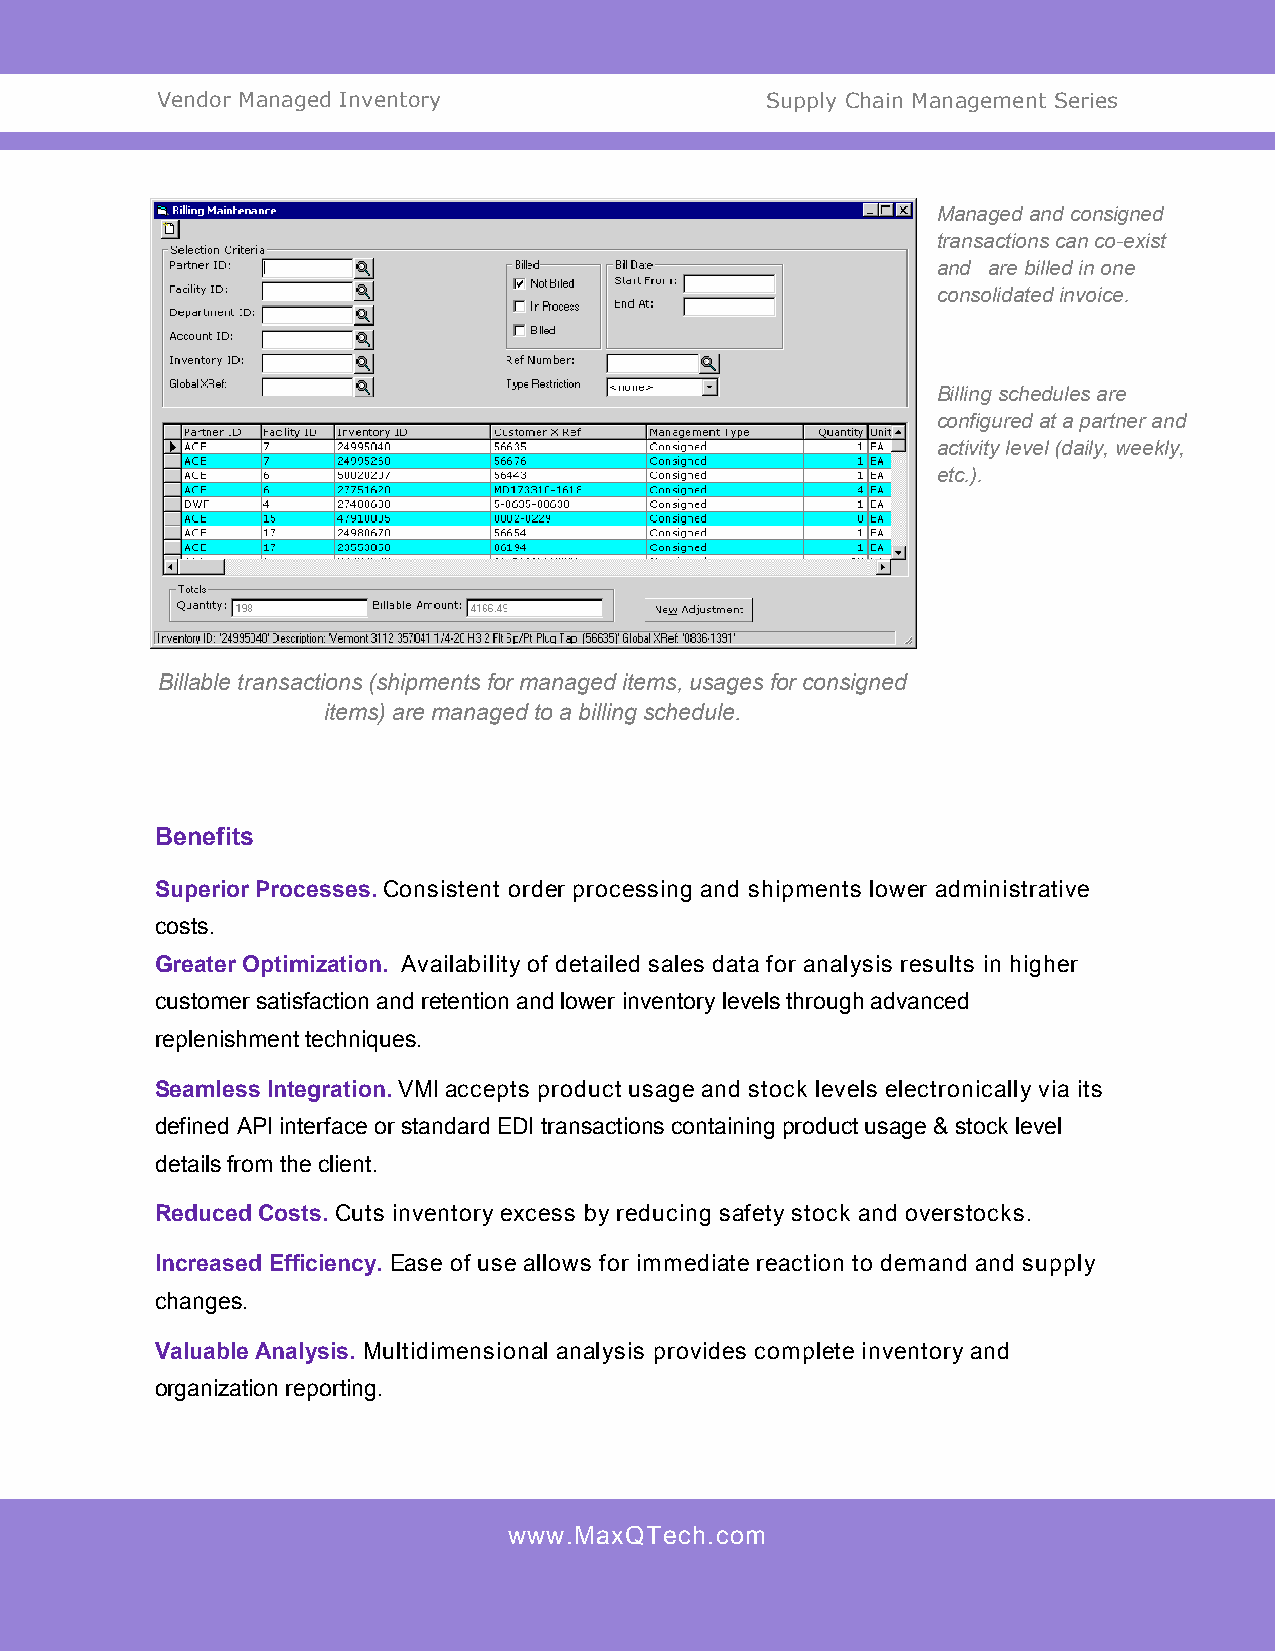
Vendor Managed Inventory                 Supply Chain Management Series
 Managed and consigned
 transactions can co-exist
 and are billed in one
 consolidated invoice.
 Billing schedules are
 configured at a partner and
 activity level (daily, weekly,
 etc.).
 Billable transactions (shipments for managed items, usages for consigned
 items) are managed to a billing schedule.
 Benefits
 Superior Processes. Consistent order processing and shipments lower administrative
 costs.
 Greater Optimization. Availability of detailed sales data for analysis results in higher
 customer satisfaction and retention and lower inventory levels through advanced
 replenishment techniques.
 Seamless Integration. VMI accepts product usage and stock levels electronically via its
 defined API interface or standard EDI transactions containing product usage & stock level
 details from the client.
 Reduced Costs. Cuts inventory excess by reducing safety stock and overstocks.
 Increased Efficiency. Ease of use allows for immediate reaction to demand and supply
 changes.
 Valuable Analysis. Multidimensional analysis provides complete inventory and
 organization reporting.
 www.MaxQTech.com